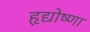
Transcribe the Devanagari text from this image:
हृद्योष्णा